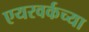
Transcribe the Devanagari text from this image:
एयरवर्कच्या